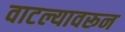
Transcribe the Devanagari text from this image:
वाटल्यावरून